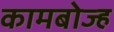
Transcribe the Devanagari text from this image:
कामबोज्ह